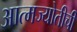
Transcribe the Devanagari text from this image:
आत्मज्योतीची